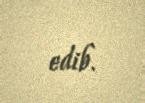
edib.